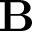
\mathbf { B }